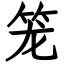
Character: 笼